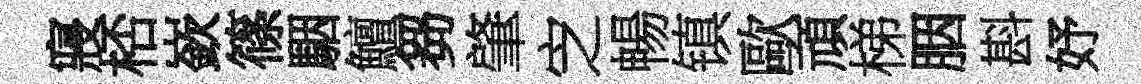
寢桮嶔篠駰鱣芻肇㝎暢镇歐頑梯胭斟妤